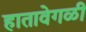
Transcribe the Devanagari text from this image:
हातावेगळी